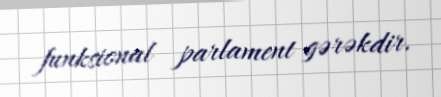
funksional parlament gərəkdir.